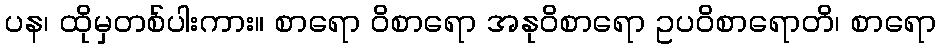
ပန၊ ထိုမှတစ်ပါးကား။ စာရော ဝိစာရော အနုဝိစာရော ဥပဝိစာရောတိ၊ စာရော